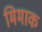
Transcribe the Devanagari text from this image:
मिमाक